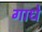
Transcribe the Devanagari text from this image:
गाधे